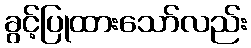
ခွင့်ပြုထားသော်လည်း